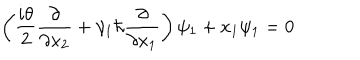
\left( \frac { i \theta } { 2 } \frac { \partial } { \partial x _ { 2 } } + \gamma _ { 1 } \hbar \frac { \partial } { \partial x _ { 1 } } \right) \psi _ { 1 } + x _ { 1 } \psi _ { 1 } = 0